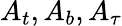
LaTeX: A_{t},A_{b},A_{\tau}